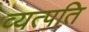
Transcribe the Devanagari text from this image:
व्यत्पति